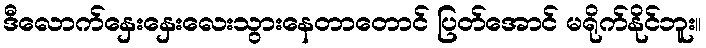
ဒီလောက်နှေးနှေးလေးသွားနေတာတောင် ပြတ်အောင် မရိုက်နိုင်ဘူး။